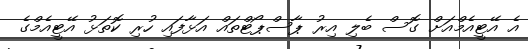
އެ އޭޓީއެމްއަށް ގޮސް ބެލި އިރު ޕާސްޕޯޓްތައް އަޅާފައި ހުރި ކޮތަޅު އޭޓީއެމްގެ